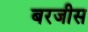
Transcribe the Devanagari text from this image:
बरजीस